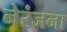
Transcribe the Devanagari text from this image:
नेरंजना